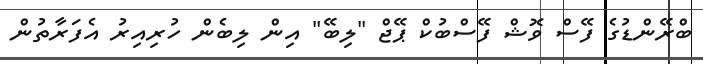
ބްރޭންޑުގެ ފޭސް ވޮޝް ފޭސްބުކް ޕޭޖް "ލިބޭ" އިން ލިބެން ހުރިއިރު އެފަރާތުން